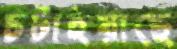
চটাইয়াছে